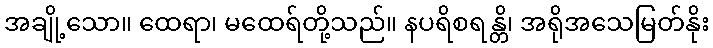
အချို့သော။ ထေရာ၊ မထေရ်တို့သည်။ နပရိစရန္တိ၊ အရိုအသေမြတ်နိုး